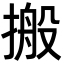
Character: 搬